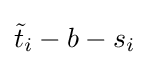
{\tilde {t}}_{i}-b-s_{i}